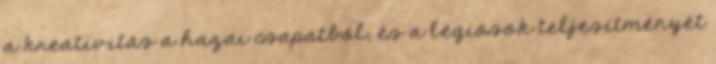
a kreativitás a hazai csapatból, és a légiósok teljesítményét